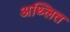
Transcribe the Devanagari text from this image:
अथ्लित